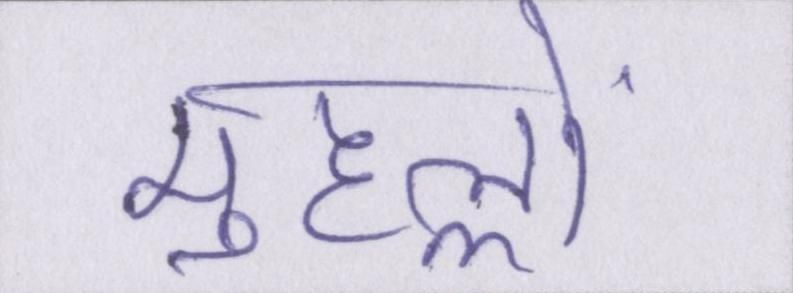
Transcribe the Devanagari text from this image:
मुहल्लों